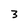
Character: 3